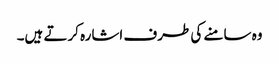
وہ سامنے کی طرف اشارہ کرتے ہیں۔